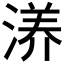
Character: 𰜝